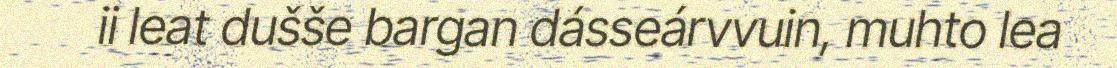
ii leat dušše bargan dásseárvvuin, muhto lea